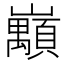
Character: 𡿅